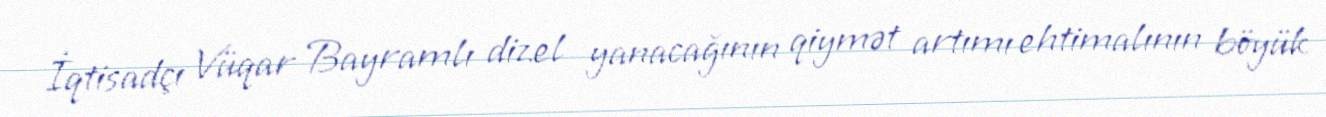
İqtisadçı Vüqar Bayramlı dizel yanacağının qiymət artımı ehtimalının böyük